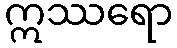
ဣဿရော